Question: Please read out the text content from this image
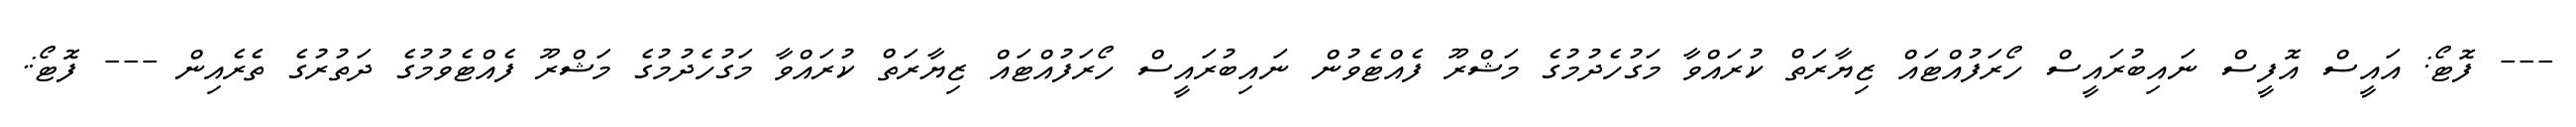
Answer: --- ފޮޓޯ: އައީސް އޮފީސް ނައިބުރައީސް ހޯރަފުއްޓައް ޒިޔާރަތް ކުރައްވާ މަގުހެދުމުގެ މަޝްރޫ ފެއްޓެވުން ނައިބުރައީސް ހޯރަފުއްޓައް ޒިޔާރަތް ކުރައްވާ މަގުހެދުމުގެ މަޝްރޫ ފެއްޓެވުމުގެ ދަތުރުގެ ތެރެއިން --- ފޮޓޯ:.